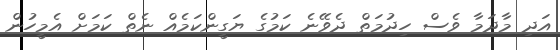
އަދި މާދަމާ ވެސް ހިދުމަތް ދެވޭނެ ކަމުގެ ޔަގީންކަމެއް ނެތް ކަމަށް އެމީހުން